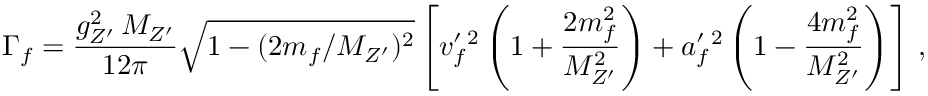
\Gamma _ { f } = \frac { g _ { Z ^ { \prime } } ^ { 2 } \, M _ { Z ^ { \prime } } } { 1 2 \pi } \sqrt { 1 - ( 2 m _ { f } / M _ { Z ^ { \prime } } ) ^ { 2 } } \left[ v _ { f } ^ { \prime } { } ^ { 2 } \left( 1 + \frac { 2 m _ { f } ^ { 2 } } { M _ { Z ^ { \prime } } ^ { 2 } } \right) + a _ { f } ^ { \prime } { } ^ { 2 } \left( 1 - \frac { 4 m _ { f } ^ { 2 } } { M _ { Z ^ { \prime } } ^ { 2 } } \right) \right] \, ,